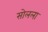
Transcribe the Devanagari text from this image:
सोलला